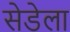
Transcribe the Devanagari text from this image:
सेडेला